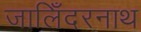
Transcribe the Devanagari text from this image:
जालिँदरनाथ